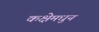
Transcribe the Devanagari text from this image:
कक्षेमधुन